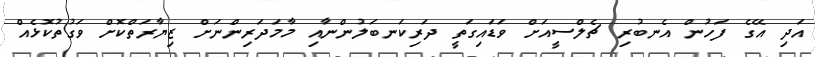
އަދި އޭގެ ފަހުން އެނބުރި ޗެލްސީއަށް ވަޑައިގަތީ ދަރިކަނބަލުންނާއި މާމަދަރިންނަށް ޒިޔާރަތްކޮށް ވަގުތުކޮޅެއް